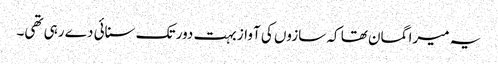
یہ میرا گمان تھا کہ سازوں کی آواز بہت دور تک سنائی دے رہی تھی۔